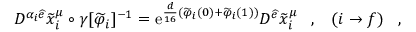
{ \cal D } ^ { \alpha _ { i } \widehat { e } } \widetilde { x } _ { i } ^ { \mu } \circ \gamma [ \widetilde { \varphi } _ { i } ] ^ { - 1 } = \mathrm { e } ^ { \frac { d } { 1 6 } ( \widetilde { \varphi } _ { i } ( 0 ) + \widetilde { \varphi } _ { i } ( 1 ) ) } { \cal D } ^ { \widehat { e } } \widetilde { x } _ { i } ^ { \mu } \; \; \; , \; \; \; ( i \rightarrow f ) \; \; \; ,